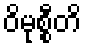
ဝိမုစ္စီတိ